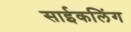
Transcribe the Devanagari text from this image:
साईकलिंग